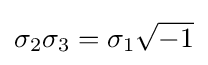
\sigma _{2}\sigma _{3}=\sigma _{1}{\sqrt {-1}}